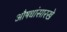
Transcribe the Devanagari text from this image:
औषधांसारखे